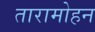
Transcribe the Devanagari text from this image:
तारामोहन